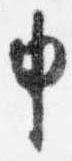
申